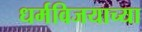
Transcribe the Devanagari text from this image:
धर्मविजयाच्या